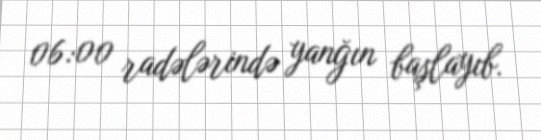
06:00 radələrində yanğın başlayıb.